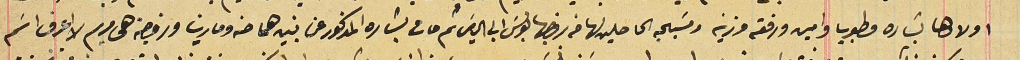
اولادها بشاره وطوبيا وامين ورفقه وزينه ومسَيحيه الحاصلين لها من زوجها بولسَ ابى الياسَ ثم مات بشاره المذكور بنين هما حنه ومارتا وزوجته هى مريم لا اعرف اسَم